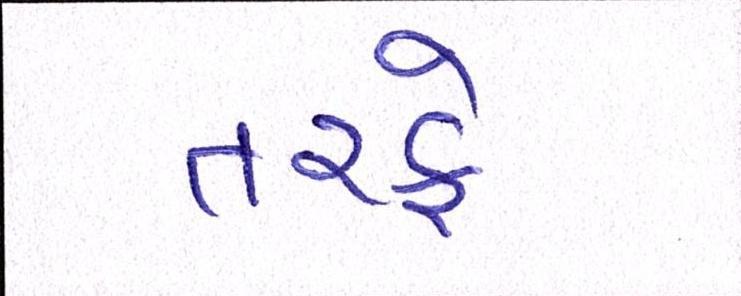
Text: તરફે